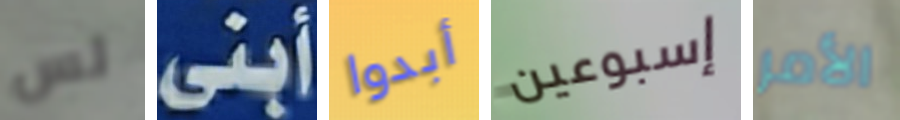
لس أبنى أبدوا إسبوعين الأمر